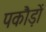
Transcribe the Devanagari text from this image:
पकौड़ों